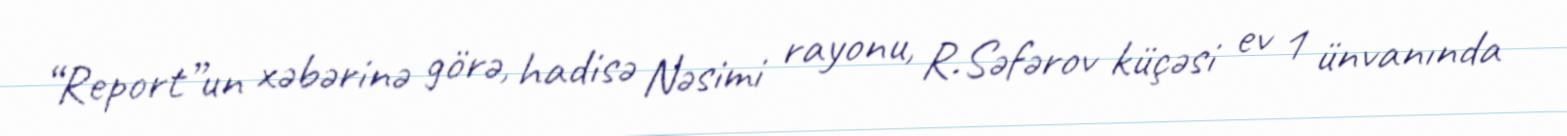
“Report”un xəbərinə görə, hadisə Nəsimi rayonu, R.Səfərov küçəsi ev 1 ünvanında